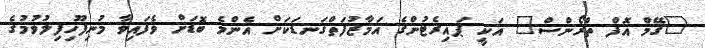
"ގޭމް އޮފް ތްރޯންސް" އަކީ ޕައިރެޓުންގެ އަމާޒުފަތްގަނޑަކަށް އެންމެ ބޮޑަށް ވެފައިވާ މުނިފޫހިފިލުވުމުގެ